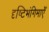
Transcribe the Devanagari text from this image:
दृष्टिभंगिमाएँ